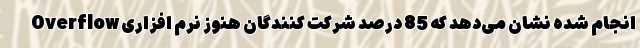
Overflow انجام شده نشان می‌دهد که 85 درصد شرکت کنندگان هنوز نرم افزاری